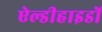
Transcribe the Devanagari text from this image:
ऐल्डीहाइडों